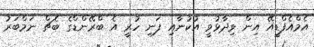
އެމްއެފްޑީއޭ އިން ވިދާޅުވީ އުކުނާއި ފަނި ހުރީ އެ ބްރޭންޑްގެ ބެޗް ނަމްބަރު